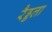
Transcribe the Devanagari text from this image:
रैड्डला